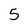
Character: 5